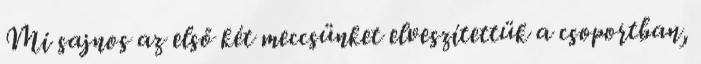
Mi sajnos az első két meccsünket elveszítettük a csoportban,